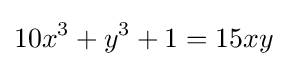
10x^{3}+y^{3}+1=15xy